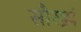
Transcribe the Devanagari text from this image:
सौख्यं